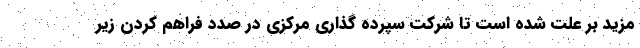
مزید بر علت شده است تا شرکت سپرده گذاری مرکزی در صدد فراهم کردن زیر